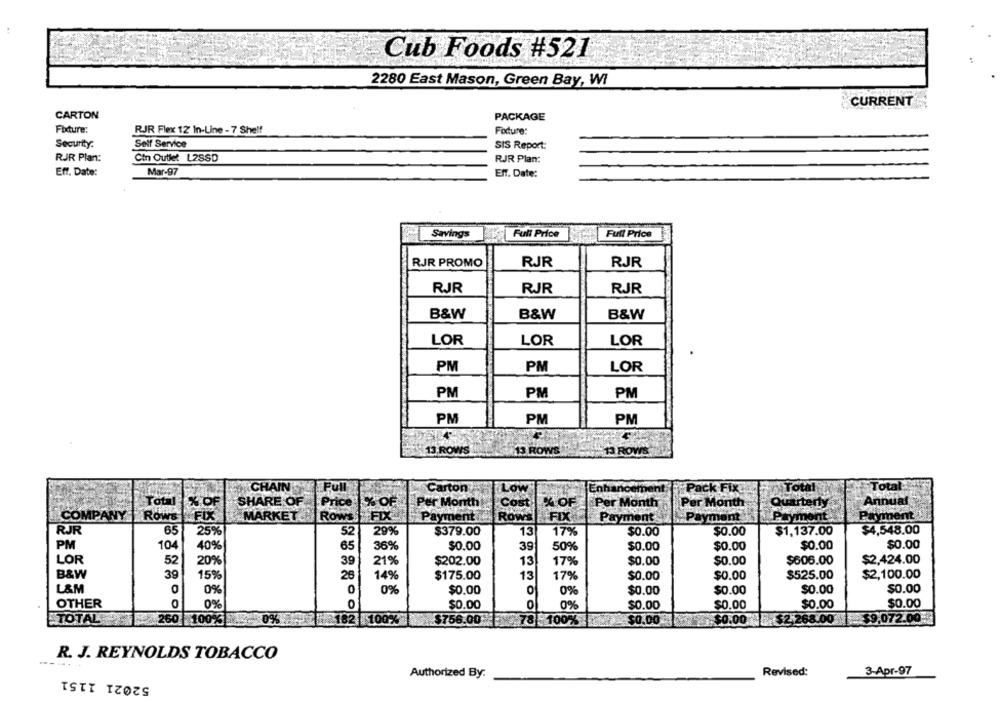
Cub Foods #521
2280 East Mason, Green Bay, WI
CURRENT
CARTON
PACKAGE
Fixture:
RJR Flex 12 In-Line - 7 Shelf
Fodure:
Security.
Self Service
SIS Report:
RJR Plan:
Cin Outlet L2SSD
RJR Plan:
Eff. Date:
Mar-97
Eff. Date:
Savings
Full Price
Full Price
RJR PROMO
RJR
RJR
RJR
RJR
RJR
B&W
B&W
B&W
LOR
LOR
LOR
PM
PM
LOR
PM
PM
PM
PM
PM
PM
13 ROWS
13 ROWS
13 ROWS
CHAIN "
Pull
Carton
Low
Enhancem
Pack Fix
Total
Total
% OF
SHARE OF
Price
% OF
Per Month
Cost
% OF
Per Month
Per Month
Qui
Annual
COMPANY
ROWS
FIX
MARKET ROWS
FIX
Payment
Rows
FIX
Payment
Payment
Payment
Payment
RJR
65
25%
52
29%
$379.00
13
17%
$0.00
$0.00
$1,137.00
$4,548.00
PM
104
40%
65
36%
$0.00
39
50%
$0.00
$0.00
$0.00
$0.00
LOR
52
20%
39
21%
$202.00
13
17%
$0.00
$0.00
$606.00
$2,424.00
B&W
39
15%
26
14%
$175.00
13
17%
$0.00
$0.00
$525.00
$2,100.00
L&M
0
0%
$0.00
$0.00
$0.00
$0.00
$0.00
0%
0%
OTHER
0
0
0
0%
$0.00
$0.00
0%
$0.00
$0.00
$0.00
TOTAL260 100%
0%
182 100%
$756.00
78 100%
$0.00
$0.00
$2,268.00 $9.072.00
R. J. REYNOLDS TOBACCO
52021 1151
Authorized By:
Revised:
3-Apr-97